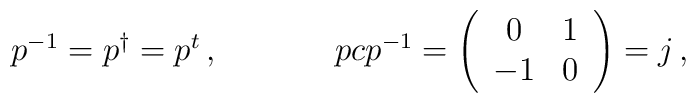
\begin{array}{cc}p^{-1}=p^{\dagger}=p^{t}\,,~~~~&~~~~pcp^{-1}=\left(\begin{array}{cc}0&1\\-1&0\end{array}\right)=j\,,\end{array}